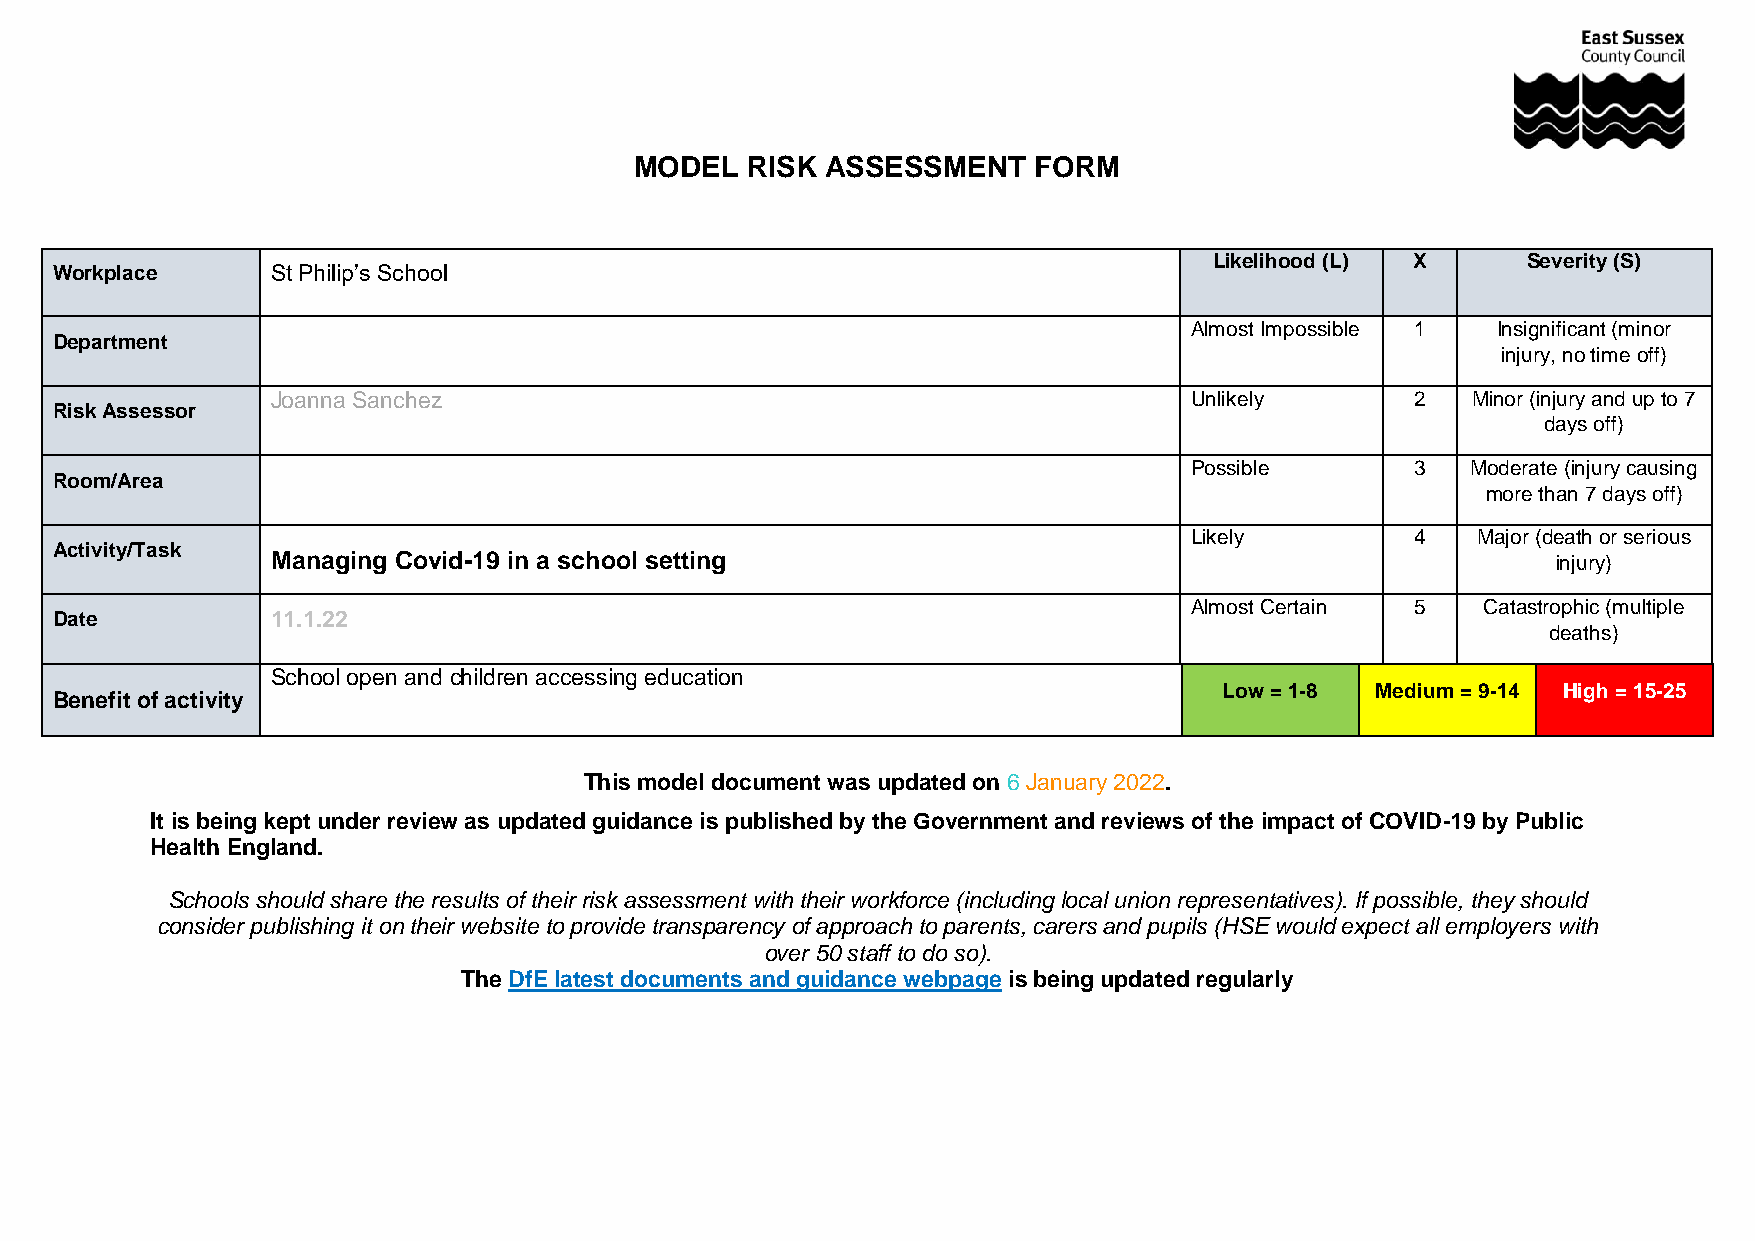
MODEL  RISK  ASSESSMENT   FORM
 Likelihood (L) X     Severity (S)
 Workplace      St Philip’s School
 Almost Impossible 1 Insignificant (minor
 Department
 injury, no time off)
 Joanna Sanchez                                               Unlikely       2  Minor (injury and up to 7
 Risk Assessor
 days off)
 Possible       3  Moderate (injury causing
 Room/Area
 more than 7 days off)
 Likely         4   Major (death or serious
 Activity/Task
 Managing Covid-19 in a school setting                                                injury)
 Almost Certain 5   Catastrophic (multiple
 Date           11.1.22
 deaths)
 School open and children accessing education
 Low = 1-8 Medium = 9-14 High = 15-25
 Benefit of activity
 This model document was updated on 6 January 2022.
 It is being kept under review as updated guidance is published by the Government and reviews of the impact of COVID-19 by Public
 Health England.
 Schools should share the results of their risk assessment with their workforce (including local union representatives). If possible, they should
 consider publishing it on their website to provide transparency of approach to parents, carers and pupils (HSE would expect all employers with
 over 50 staff to do so).
 The DfE latest documents and guidance webpage is being updated regularly